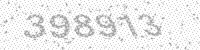
Solution: 398913